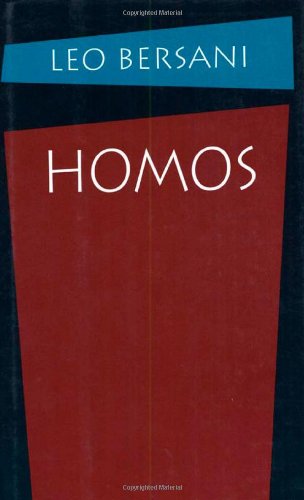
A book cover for Homos; Leo Bersani; Gay & Lesbian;